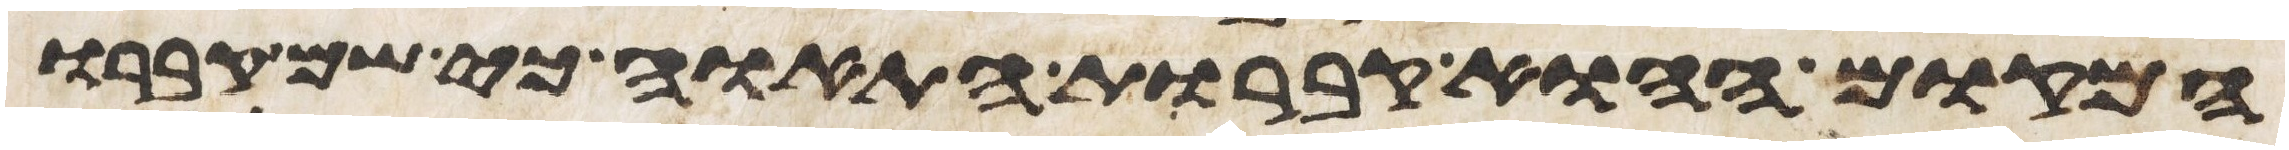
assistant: המקום ההוא קברות התאוה כי שם קברו